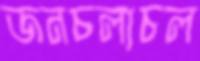
জনচলাচল